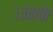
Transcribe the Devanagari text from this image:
।उसके